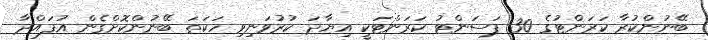
ބޭނުންކުރާ ކަރަންޓުގެ 30 ޕަސަންޓު ކަރަންޓަކީ އިޔާދަ ކުރުވަނިވި ހަކަތަ ބޭނުންކޮށްގެން އުފައްދާ